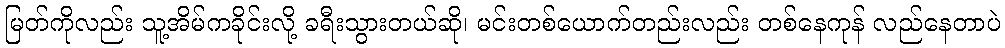
မြတ်ကိုလည်း သူ့အိမ်ကခိုင်းလို့ ခရီးသွားတယ်ဆို၊ မင်းတစ်ယောက်တည်းလည်း တစ်နေကုန် လည်နေတာပဲ